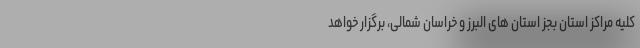
کلیه مراکز استان بجز استان های البرز و خراسان شمالی، برگزار خواهد